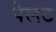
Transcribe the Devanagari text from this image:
पैलट